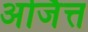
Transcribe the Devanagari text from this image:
अर्जित्त